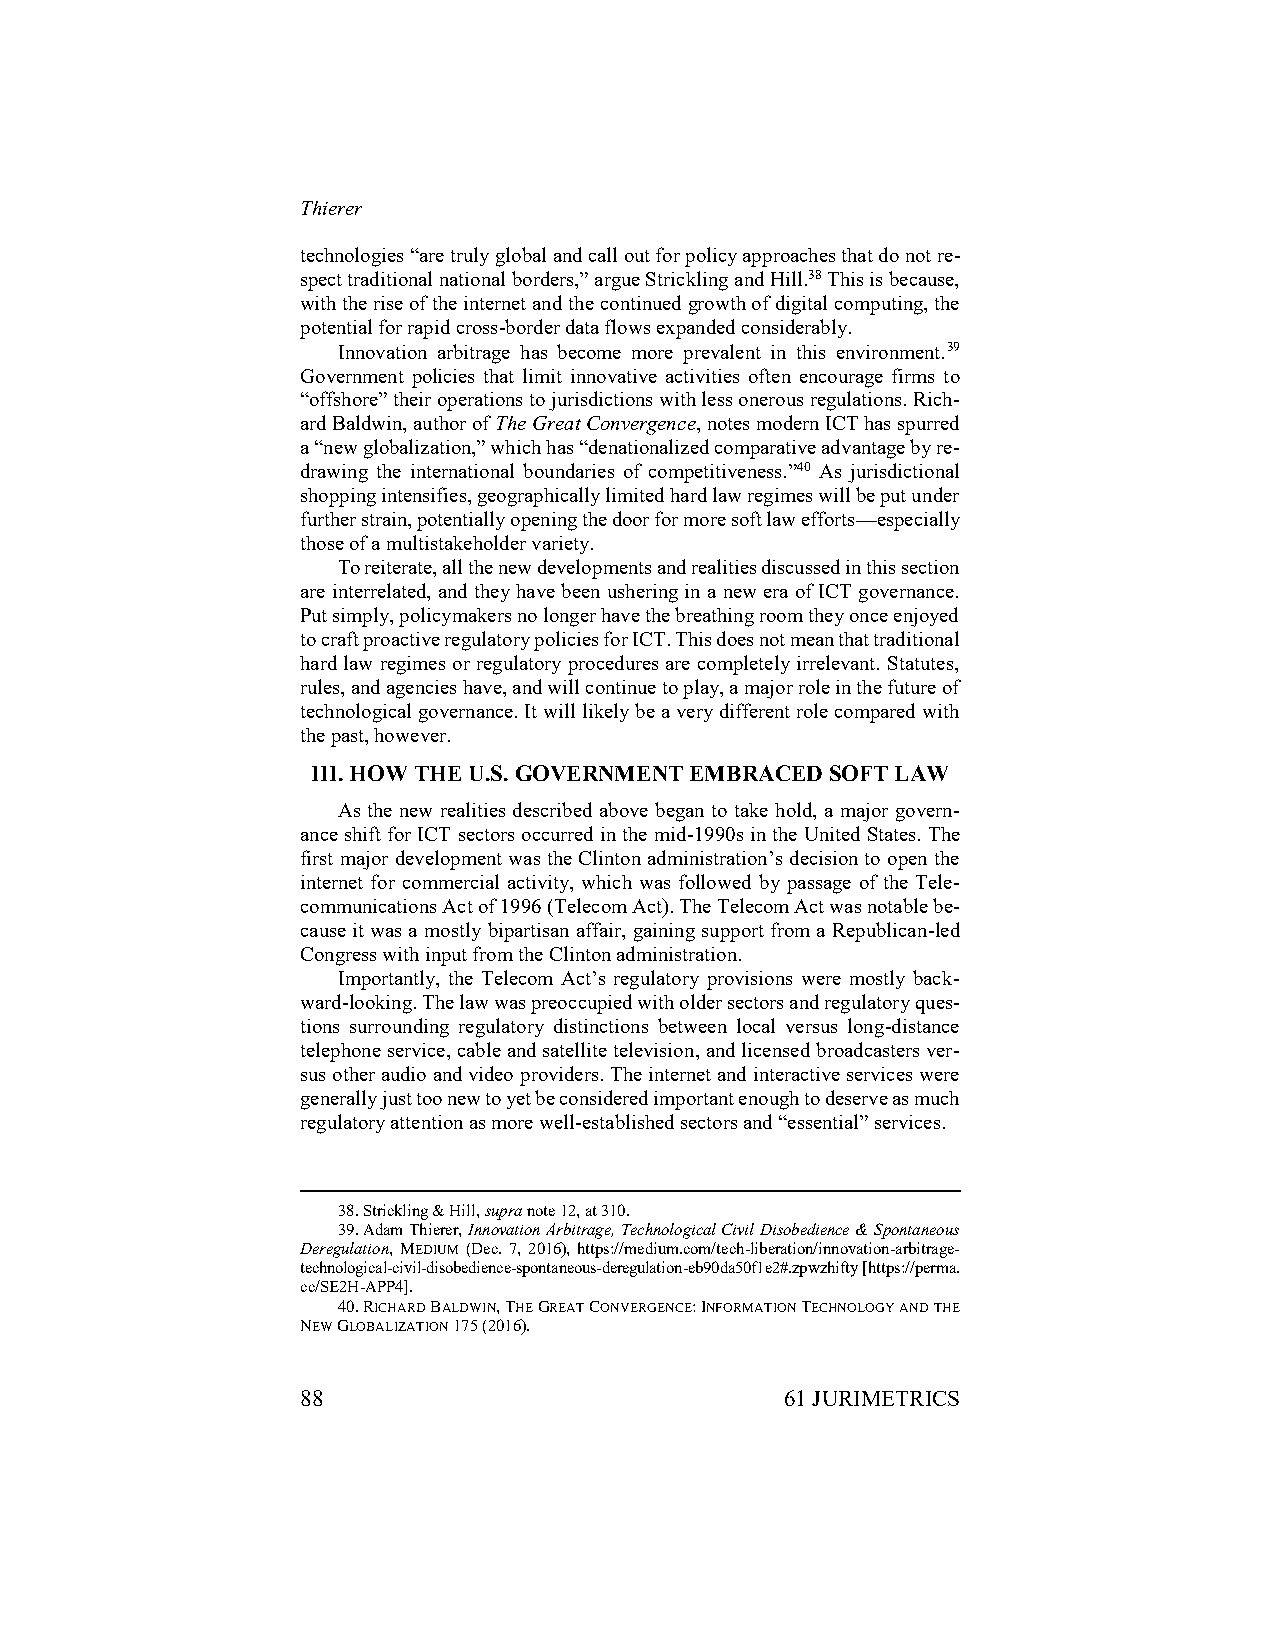
Thierer
 technologies “are truly global and call out for policy approaches that do not re-
 spect traditional national borders,” argue Strickling and Hill.38 This is because,
 with the rise of the internet and the continued growth of digital computing, the
 potential for rapid cross-border data flows expanded considerably.
 Innovation arbitrage has become more prevalent in this environment.39
 Government policies that limit innovative activities often encourage firms to
 “offshore” their operations to jurisdictions with less onerous regulations. Rich-
 ard Baldwin, author of The Great Convergence, notes modern ICT has spurred
 a “new globalization,” which has “denationalized comparative advantage by re-
 drawing the international boundaries of competitiveness.”40 As jurisdictional
 shopping intensifies, geographically limited hard law regimes will be put under
 further strain, potentially opening the door for more soft law efforts—especially
 those of a multistakeholder variety.
 To reiterate, all the new developments and realities discussed in this section
 are interrelated, and they have been ushering in a new era of ICT governance.
 Put simply, policymakers no longer have the breathing room they once enjoyed
 to craft proactive regulatory policies for ICT. This does not mean that traditional
 hard law regimes or regulatory procedures are completely irrelevant. Statutes,
 rules, and agencies have, and will continue to play, a major role in the future of
 technological governance. It will likely be a very different role compared with
 the past, however.
 III. HOW THE U.S. GOVERNMENT EMBRACED SOFT LAW
 As the new realities described above began to take hold, a major govern-
 ance shift for ICT sectors occurred in the mid-1990s in the United States. The
 first major development was the Clinton administration’s decision to open the
 internet for commercial activity, which was followed by passage of the Tele-
 communications Act of 1996 (Telecom Act). The Telecom Act was notable be-
 cause it was a mostly bipartisan affair, gaining support from a Republican-led
 Congress with input from the Clinton administration.
 Importantly, the Telecom Act’s regulatory provisions were mostly back-
 ward-looking. The law was preoccupied with older sectors and regulatory ques-
 tions surrounding regulatory distinctions between local versus long-distance
 telephone service, cable and satellite television, and licensed broadcasters ver-
 sus other audio and video providers. The internet and interactive services were
 generally just too new to yet be considered important enough to deserve as much
 regulatory attention as more well-established sectors and “essential” services.
 38. Strickling & Hill, supra note 12, at 310.
 39. Adam Thierer, Innovation Arbitrage, Technological Civil Disobedience & Spontaneous
 Deregulation, MEDIUM (Dec. 7, 2016), https://medium.com/tech-liberation/innovation-arbitrage-
 technological-civil-disobedience-spontaneous-deregulation-eb90da50f1e2#.zpwzhifty [https://perma.
 cc/SE2H-APP4].
 40. RICHARD BALDWIN, THE GREAT CONVERGENCE: INFORMATION TECHNOLOGY AND THE
 NEW GLOBALIZATION 175 (2016).
 88                              61 JURIMETRICS